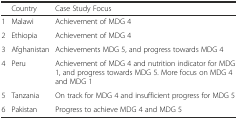
|  | Country | Case Study Focus |
 | --- | --- | --- |
 | 1 | Malawi | Achievement of MDG 4 |
 | 2 | Ethiopia | Achievement of MDG 4 |
 | 3 | Afghanistan | Achievements MDG 5, and progress towards MDG 4 |
 | 4 | Peru | Achievement of MDG 4 and nutrition indicator for MDG 1, and progress towards MDG 5. More focus on MDG 4 and MDG 1 |
 | 5 | Tanzania | On track for MDG 4 and insufficient progress for MDG 5 |
 | 6 | Pakistan | Progress to achieve MDG 4 and MDG 5 |